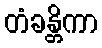
တံခန္တိကာ